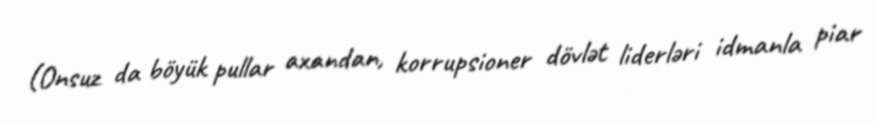
(Onsuz da böyük pullar axandan, korrupsioner dövlət liderləri idmanla piar